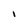
Character: i